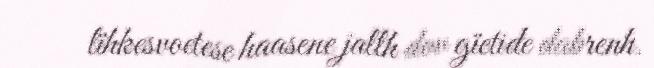
lïhkesvoetese haasene jallh dov gïetide dabrenh.